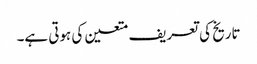
تاریخ کی تعریف متعین کی ہوتی ہے۔